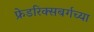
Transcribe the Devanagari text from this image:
फ्रेडरिक्सबर्गच्या